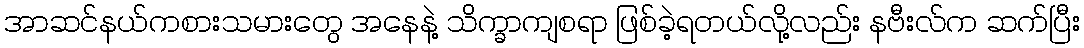
အာဆင်နယ်ကစားသမားတွေ အနေနဲ့ သိက္ခာကျစရာ ဖြစ်ခဲ့ရတယ်လို့လည်း နဗီးလ်က ဆက်ပြီး